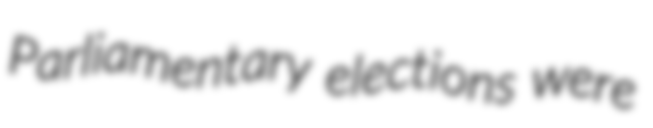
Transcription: Parliamentary elections were